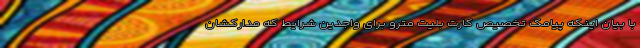
با بیان اینکه پیامک تخصیص کارت بلیت مترو برای واجدین شرایط که مدارکشان